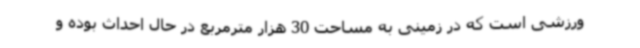
ورزشی است که در زمینی به مساحت 30 هزار مترمربع در حال احداث بوده و